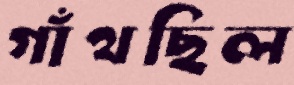
গাঁথছিল